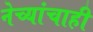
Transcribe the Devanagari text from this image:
नेच्यांचाही